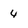
Character: 4